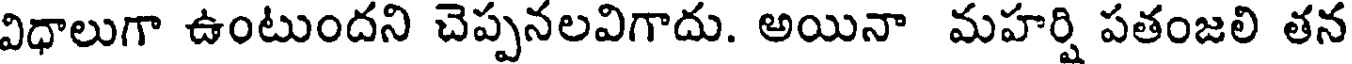
విధాలుగా ఉంటుందని చెప్పనలవిగాదు. అయినా మహర్షి పతంజలి తన